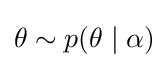
\theta \sim p(\theta \mid \alpha )